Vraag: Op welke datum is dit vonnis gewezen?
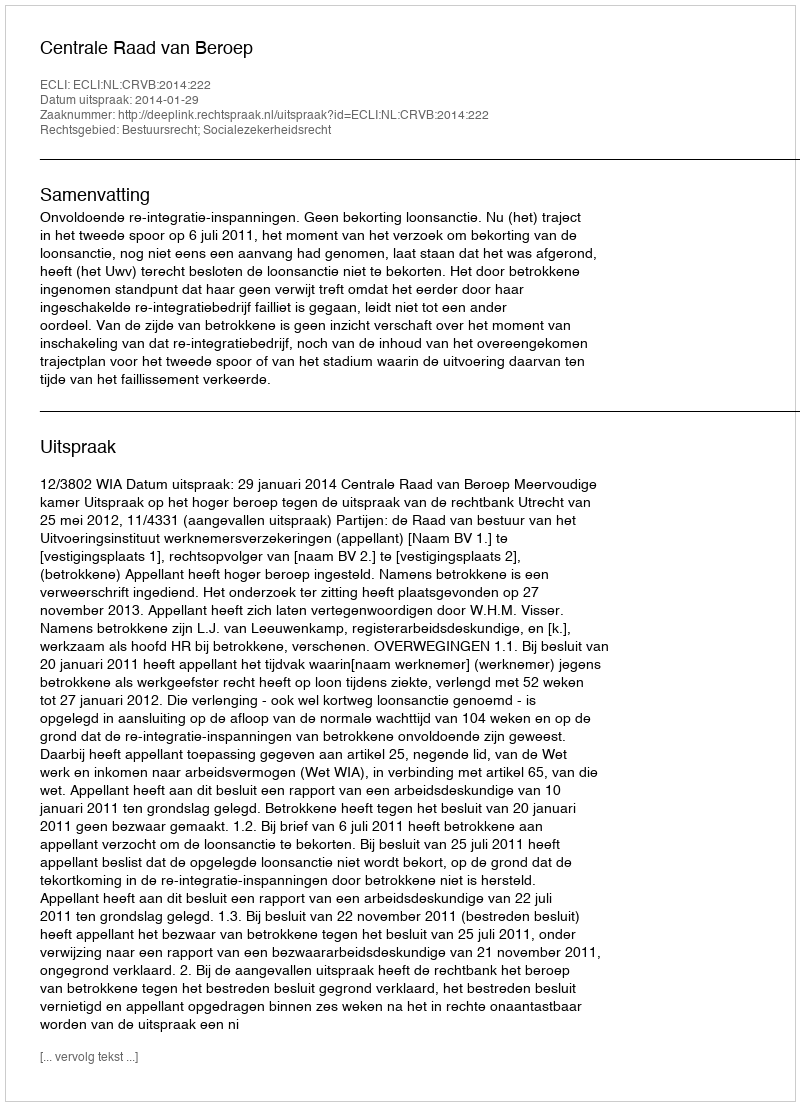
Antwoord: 2014-01-29